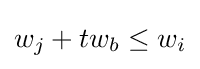
w_{j}+tw_{b}\leq w_{i}